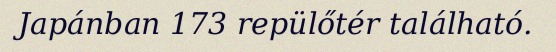
Japánban 173 repülőtér található.